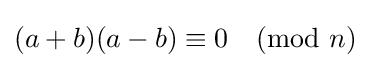
(a+b)(a-b)\equiv 0{\pmod {n}}